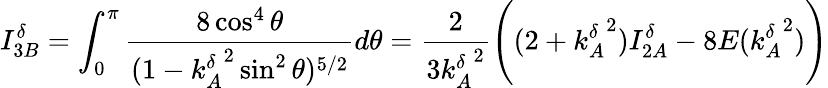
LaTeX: I_{3B}^{\delta}=\int_{0}^{\pi}\frac{8\cos^{4}\theta}{(1-{k_{A}^{\delta}}^{2}\sin^{2}\theta)^{5/2}}d\theta=\frac{2}{3{k_{A}^{\delta}}^{2}}\Bigg((2+{k_{A}^{\delta}}^{2})I_{2A}^{\delta}-8E({k_{A}^{\delta}}^{2})\Bigg)